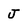
Character: j